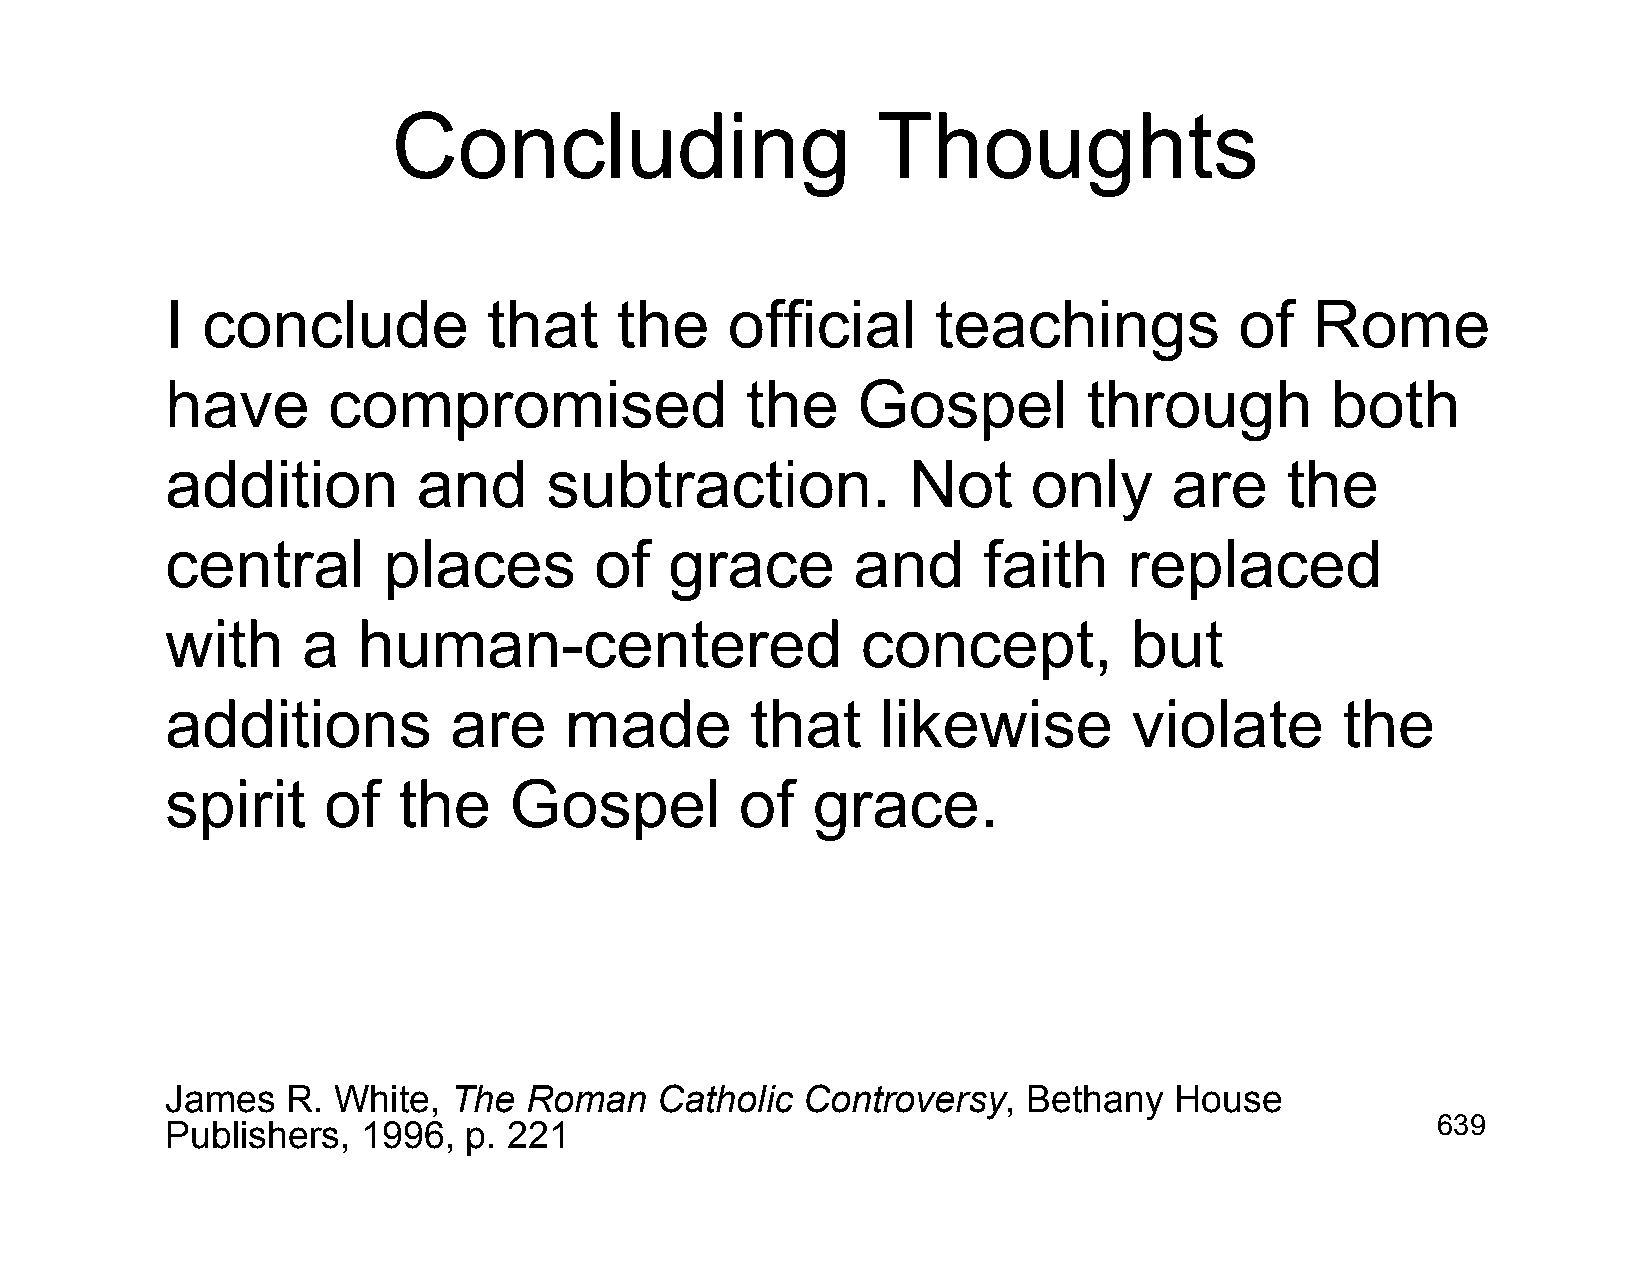
Concluding                      Thoughts
 I conclude           that     the    official      teachings           of   Rome
 have       compromised                the     Gospel         through         both
 addition         and     subtraction.            Not     only      are    the
 central       places        of   grace       and      faith     replaced
 with     a   human-centered                   concept,          but
 additions          are    made         that    likewise         violate       the
 spirit    of   the     Gospel         of   grace.
 James   R. White,  The  Roman   Catholic  Controversy,   Bethany   House
 Publishers,  1996,  p. 221                                                          639